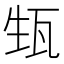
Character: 𱰈